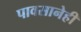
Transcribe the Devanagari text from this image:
पावसानेही